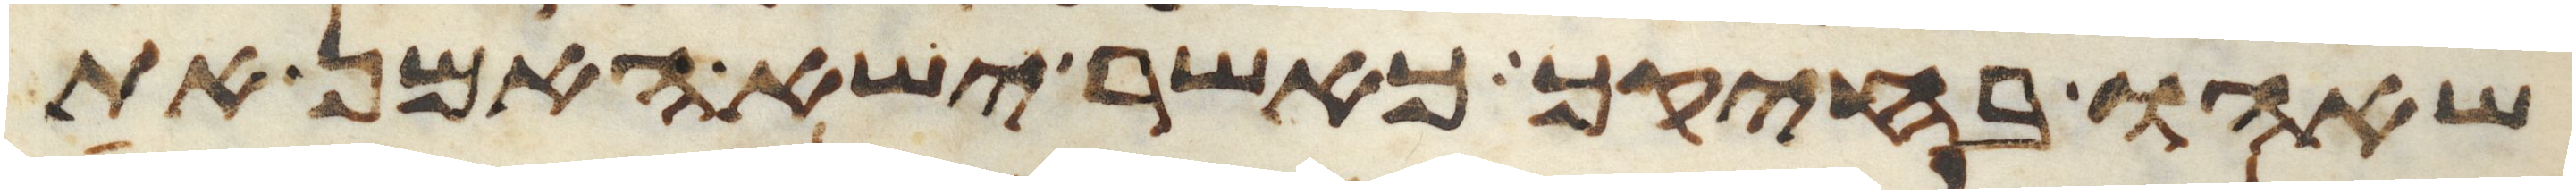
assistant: שאהו בחיקך כאשר ישא האמן את